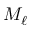
M _ { \ell }